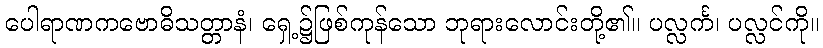
ပေါရာဏကဗောဓိသတ္တာနံ၊ ရှေ့၌ဖြစ်ကုန်သော ဘုရားလောင်းတို့၏။ ပလ္လင်္က၊ ပလ္လင်ကို။